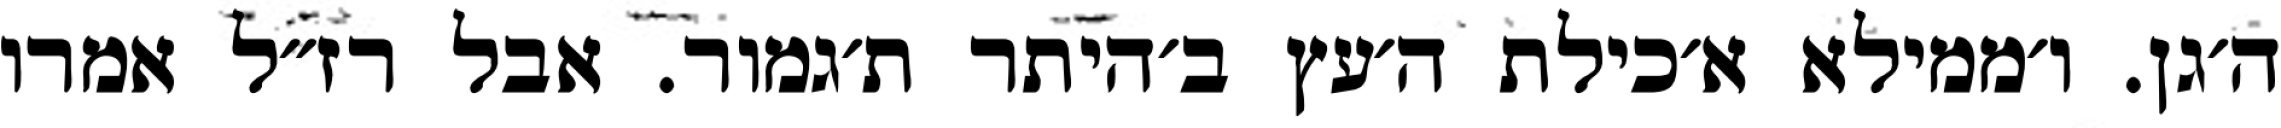
ה׳גן. ו׳ממילא א׳כילת ה׳עץ ב׳היתר ת׳גמור. אבל רז״ל אמרו